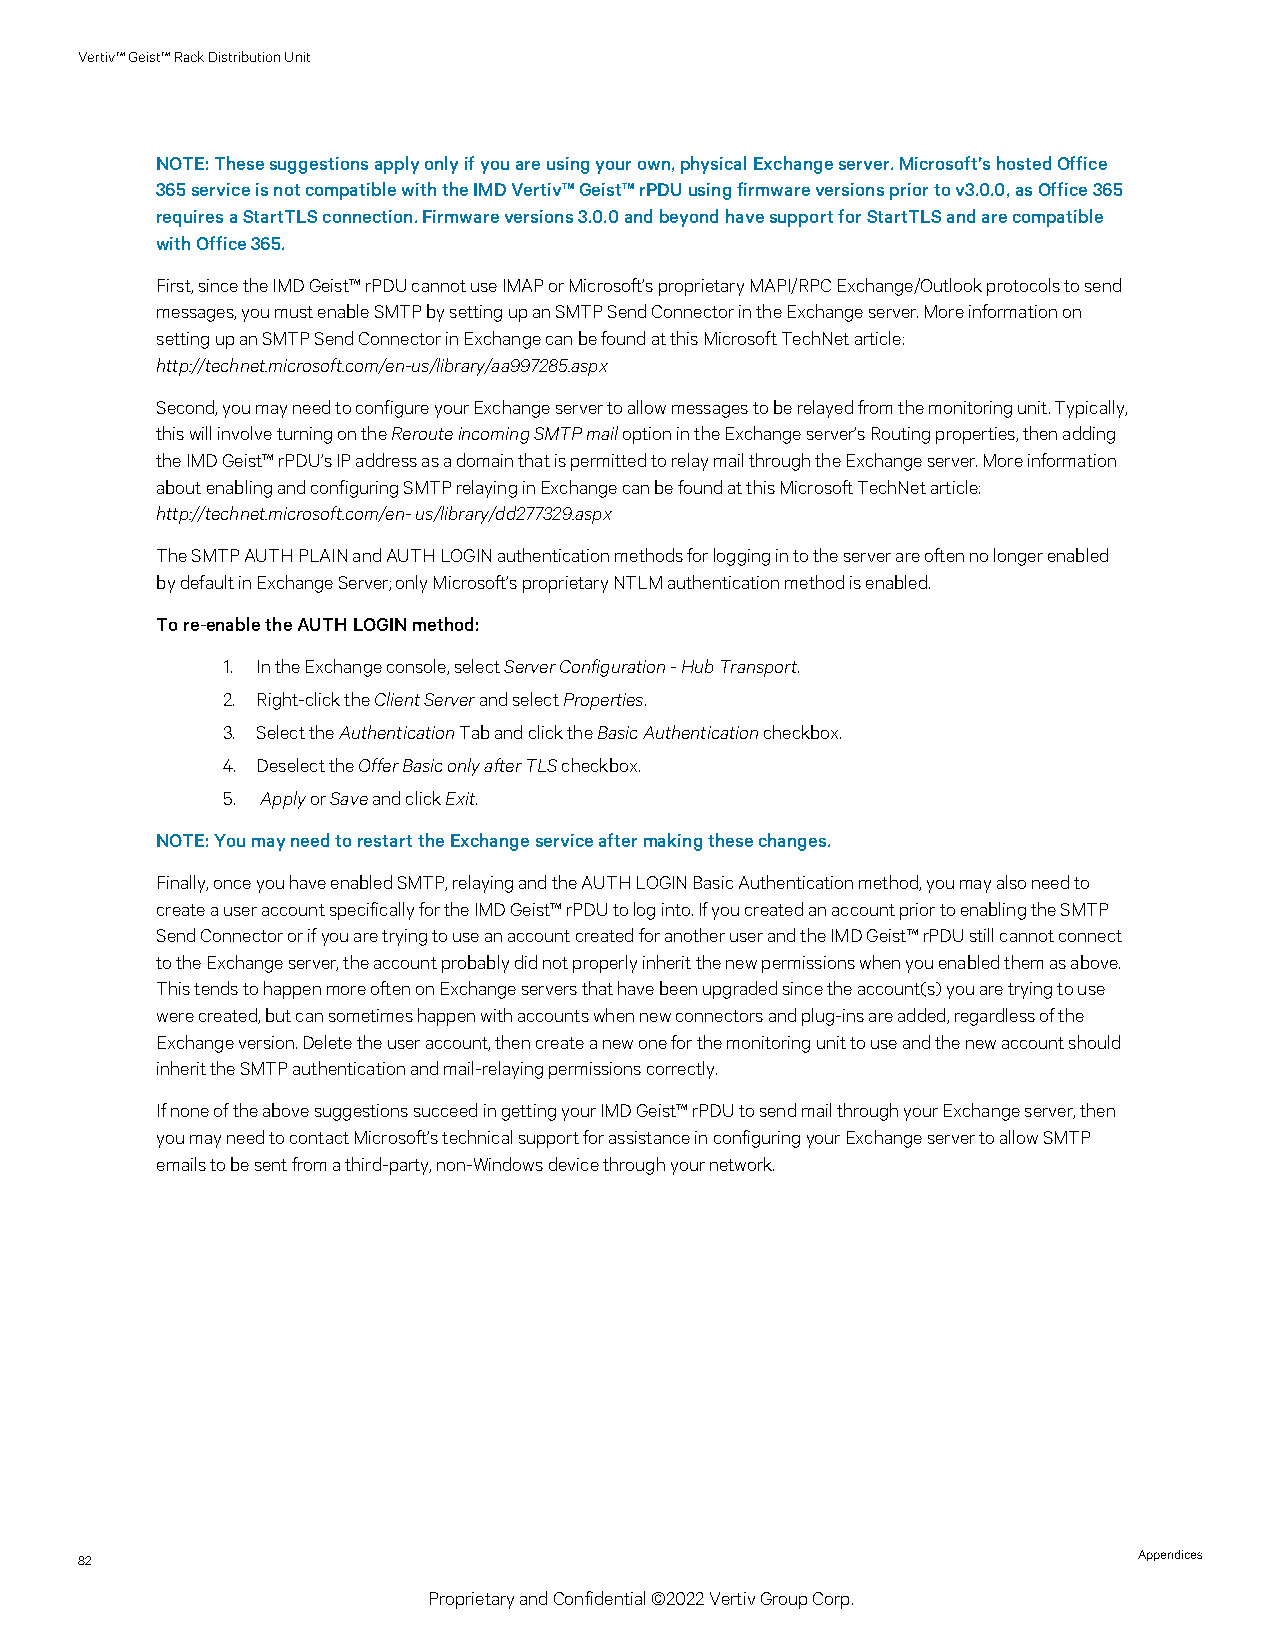
Vertiv™Geist™RackDistributionUnit
 NOTE:Thesesuggestionsapplyonlyifyouareusingyourown,physicalExchangeserver.Microsoft’shostedOffice
 365serviceisnotcompatiblewiththeIMDVertiv™Geist™rPDUusingfirmwareversionspriortov3.0.0,asOffice365
 requiresaStartTLSconnection.Firmwareversions3.0.0andbeyondhavesupportforStartTLSandarecompatible
 withOffice365.
 First,sincetheIMDGeist™rPDUcannotuseIMAPorMicrosoft’sproprietaryMAPI/RPCExchange/Outlookprotocolstosend
 messages,youmustenableSMTPbysettingupanSMTPSendConnectorintheExchangeserver.Moreinformationon
 settingupanSMTPSendConnectorinExchangecanbefoundatthisMicrosoftTechNetarticle:
 http://technet.microsoft.com/en-us/library/aa997285.aspx
 Second,youmayneedtoconfigureyourExchangeservertoallowmessagestoberelayedfromthemonitoringunit.Typically,
 thiswillinvolveturningontheRerouteincomingSMTPmailoptionintheExchangeserver’sRoutingproperties,thenadding
 theIMDGeist™rPDU’sIPaddressasadomainthatispermittedtorelaymailthroughtheExchangeserver.Moreinformation
 aboutenablingandconfiguringSMTPrelayinginExchangecanbefoundatthisMicrosoftTechNetarticle:
 http://technet.microsoft.com/en-us/library/dd277329.aspx
 TheSMTPAUTHPLAINandAUTHLOGINauthenticationmethodsforloggingintotheserverareoftennolongerenabled
 bydefaultinExchangeServer;onlyMicrosoft’sproprietaryNTLMauthenticationmethodisenabled.
 Tore-enabletheAUTHLOGINmethod:
 1. IntheExchangeconsole,selectServerConfiguration-HubTransport.
 2. Right-clicktheClientServerandselectProperties.
 3. SelecttheAuthenticationTabandclicktheBasicAuthenticationcheckbox.
 4. DeselecttheOfferBasiconlyafterTLScheckbox.
 5. ApplyorSaveandclickExit.
 NOTE:YoumayneedtorestarttheExchangeserviceaftermakingthesechanges.
 Finally,onceyouhaveenabledSMTP,relayingandtheAUTHLOGINBasicAuthenticationmethod,youmayalsoneedto
 createauseraccountspecificallyfortheIMDGeist™rPDUtologinto.IfyoucreatedanaccountpriortoenablingtheSMTP
 SendConnectororifyouaretryingtouseanaccountcreatedforanotheruserandtheIMDGeist™rPDUstillcannotconnect
 totheExchangeserver,theaccountprobablydidnotproperlyinheritthenewpermissionswhenyouenabledthemasabove.
 ThistendstohappenmoreoftenonExchangeserversthathavebeenupgradedsincetheaccount(s)youaretryingtouse
 werecreated,butcansometimeshappenwithaccountswhennewconnectorsandplug-insareadded,regardlessofthe
 Exchangeversion.Deletetheuseraccount,thencreateanewoneforthemonitoringunittouseandthenewaccountshould
 inherittheSMTPauthenticationandmail-relayingpermissionscorrectly.
 IfnoneoftheabovesuggestionssucceedingettingyourIMDGeist™rPDUtosendmailthroughyourExchangeserver,then
 youmayneedtocontactMicrosoft’stechnicalsupportforassistanceinconfiguringyourExchangeservertoallowSMTP
 emailstobesentfromathird-party,non-Windowsdevicethroughyournetwork.
 82                                                                    Appendices
 ProprietaryandConfidential©2022VertivGroupCorp.